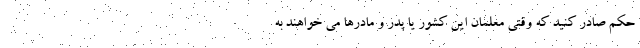
حکم صادر کنید که وقتی معلمان این کشور یا پدر و مادرها می خواهند به